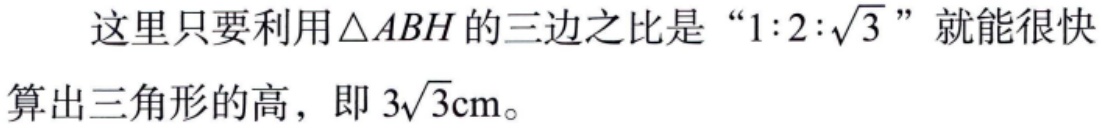
这里只要利用\(\triangle ABH\)的三边之比是“\(1:2:\sqrt{3}\)”就能很快算出三角形的高，即\(3\sqrt{3}\mathrm{cm}\)。